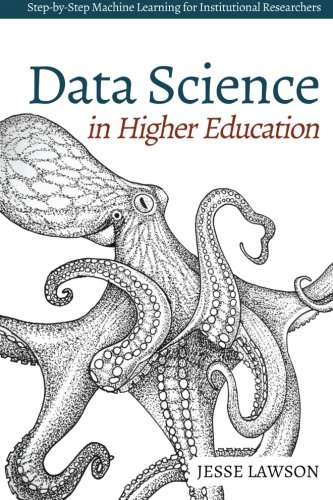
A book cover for Data Science in Higher Education: A Step-by-Step Introduction to Machine Learning for Institutional Researchers; Jesse Lawson; Science & Math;